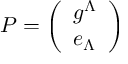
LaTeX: P = \left( \begin{array} { l } { { g ^ { \Lambda } } } \\ { { e _ { \Lambda } } } \end{array} \right)